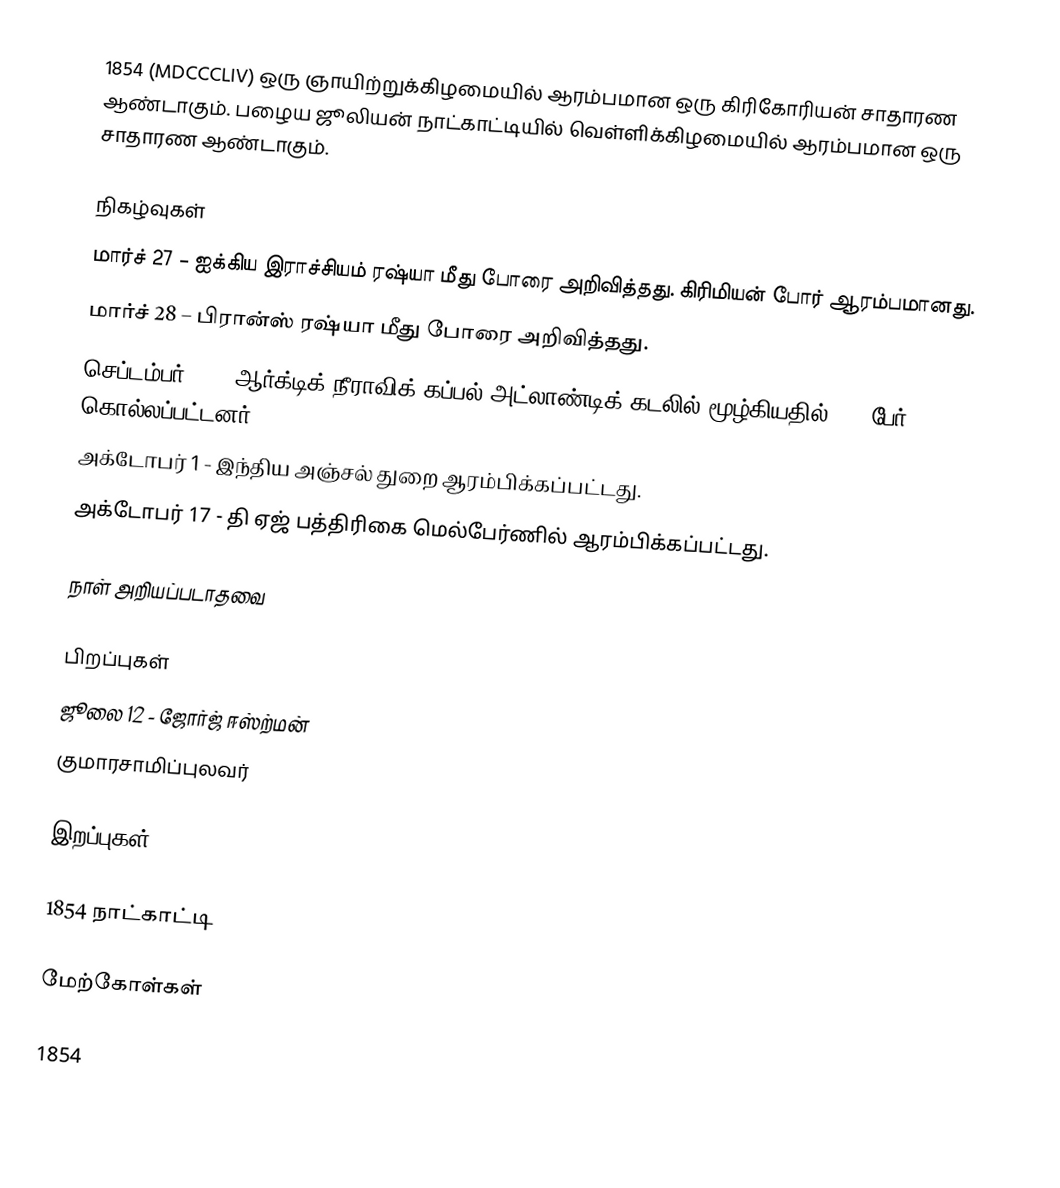
1854 (MDCCCLIV) ஒரு ஞாயிற்றுக்கிழமையில் ஆரம்பமான ஒரு கிரிகோரியன் சாதாரண ஆண்டாகும். பழைய ஜூலியன் நாட்காட்டியில் வெள்ளிக்கிழமையில் ஆரம்பமான ஒரு சாதாரண ஆண்டாகும்.

நிகழ்வுகள்
 மார்ச் 27 – ஐக்கிய இராச்சியம் ரஷ்யா மீது போரை அறிவித்தது. கிரிமியன் போர் ஆரம்பமானது.
 மார்ச் 28 – பிரான்ஸ் ரஷ்யா மீது போரை அறிவித்தது.
 செப்டம்பர் 27 - ஆர்க்டிக் நீராவிக் கப்பல் அட்லாண்டிக் கடலில் மூழ்கியதில் 300 பேர் கொல்லப்பட்டனர்.
 அக்டோபர் 1 - இந்திய அஞ்சல் துறை ஆரம்பிக்கப்பட்டது.
 அக்டோபர் 17 - தி ஏஜ் பத்திரிகை மெல்பேர்ணில் ஆரம்பிக்கப்பட்டது.

நாள் அறியப்படாதவை

பிறப்புகள்
 ஜூலை 12 - ஜோர்ஜ் ஈஸ்ற்மன்
 குமாரசாமிப்புலவர்

இறப்புகள்

1854 நாட்காட்டி

மேற்கோள்கள்

1854